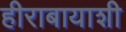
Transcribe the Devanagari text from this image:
हीराबायाशी